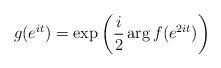
LaTeX: \begin{align*}g(e^{it}) = \exp\left(\frac{i}{2} \arg f(e^{2it})\right )\end{align*}